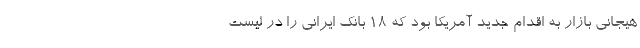
هیجانی بازار به اقدام جدید آمریکا بود که 18 بانک ایرانی را در لیست